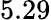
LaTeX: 5.29